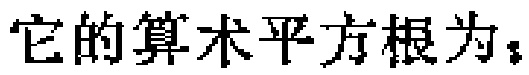
它的算术平方根为；